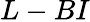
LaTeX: L-BI